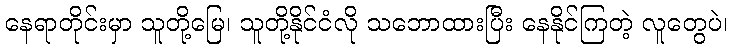
နေရာတိုင်းမှာ သူတို့မြေ၊ သူတို့နိုင်ငံလို သဘောထားပြီး နေနိုင်ကြတဲ့ လူတွေပဲ၊